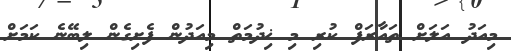
މިއަދު އަލަށް ތައާރަފް ކުރި މި ޚިދުމަތް މިއަދުން ފެށިގެން ލިބޭނެ ކަމަށް